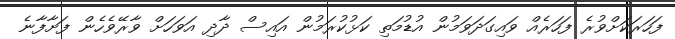
ފަހަރަކަށްވުރެ ފަހަރެއް ވައިގަދަވަމުން އުޑުމަތި ކަޅުކުރަމުން އައިސް ދާދި އަވަހަށް ވާރޭވެހެން ފަށާފާނެ